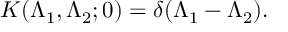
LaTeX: K ( \Lambda _ { 1 } , \Lambda _ { 2 } ; 0 ) = \delta ( \Lambda _ { 1 } - \Lambda _ { 2 } ) .